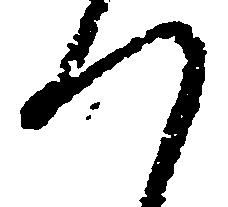
つ